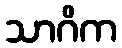
သာဂိက